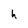
Character: h